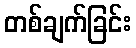
တစ်ချက်ခြင်း